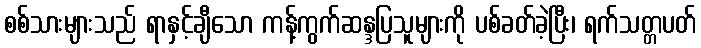
စစ်သားများသည် ရာနှင့်ချီသော ကန့်ကွက်ဆန္ဒပြသူများကို ပစ်ခတ်ခဲ့ပြီး၊ ရက်သတ္တပတ်